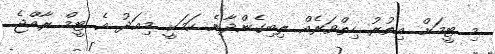
މި ޓީމަށް އިތުރު ހިތްވަރެއް ލިބިގެންދާނެ ކަމަކީ މިއަދު އެ ޓީމް ރާއްޖެ